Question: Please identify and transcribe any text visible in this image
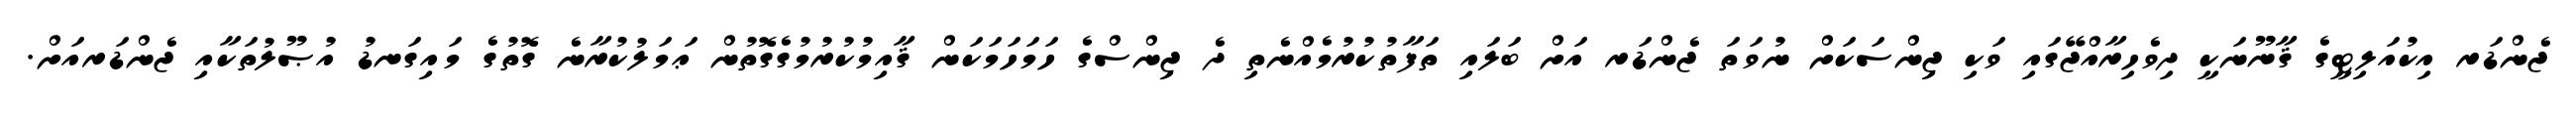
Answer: ޖެންޑަރ އިކުއަލިޓީގެ ޤާނޫނަކީ ދިވެހިރާއްޖޭގައި ވަކި ޖިންސަކަށް ނުވަތަ ޖެންޑަރ އަށް ބަލައި ތަފާތުކުރުމެއްނެތި ދެ ޖިންސްގެ ހަމަހަމަކަން ޤާއިމުކުރުމުގެގޮތުން ޢަމަލުކުރާނެ ގޮތުގެ މައިގަނޑު އުޞޫލުތަކާއި ޖެންޑަރއަށް.